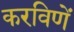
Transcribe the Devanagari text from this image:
करविणें